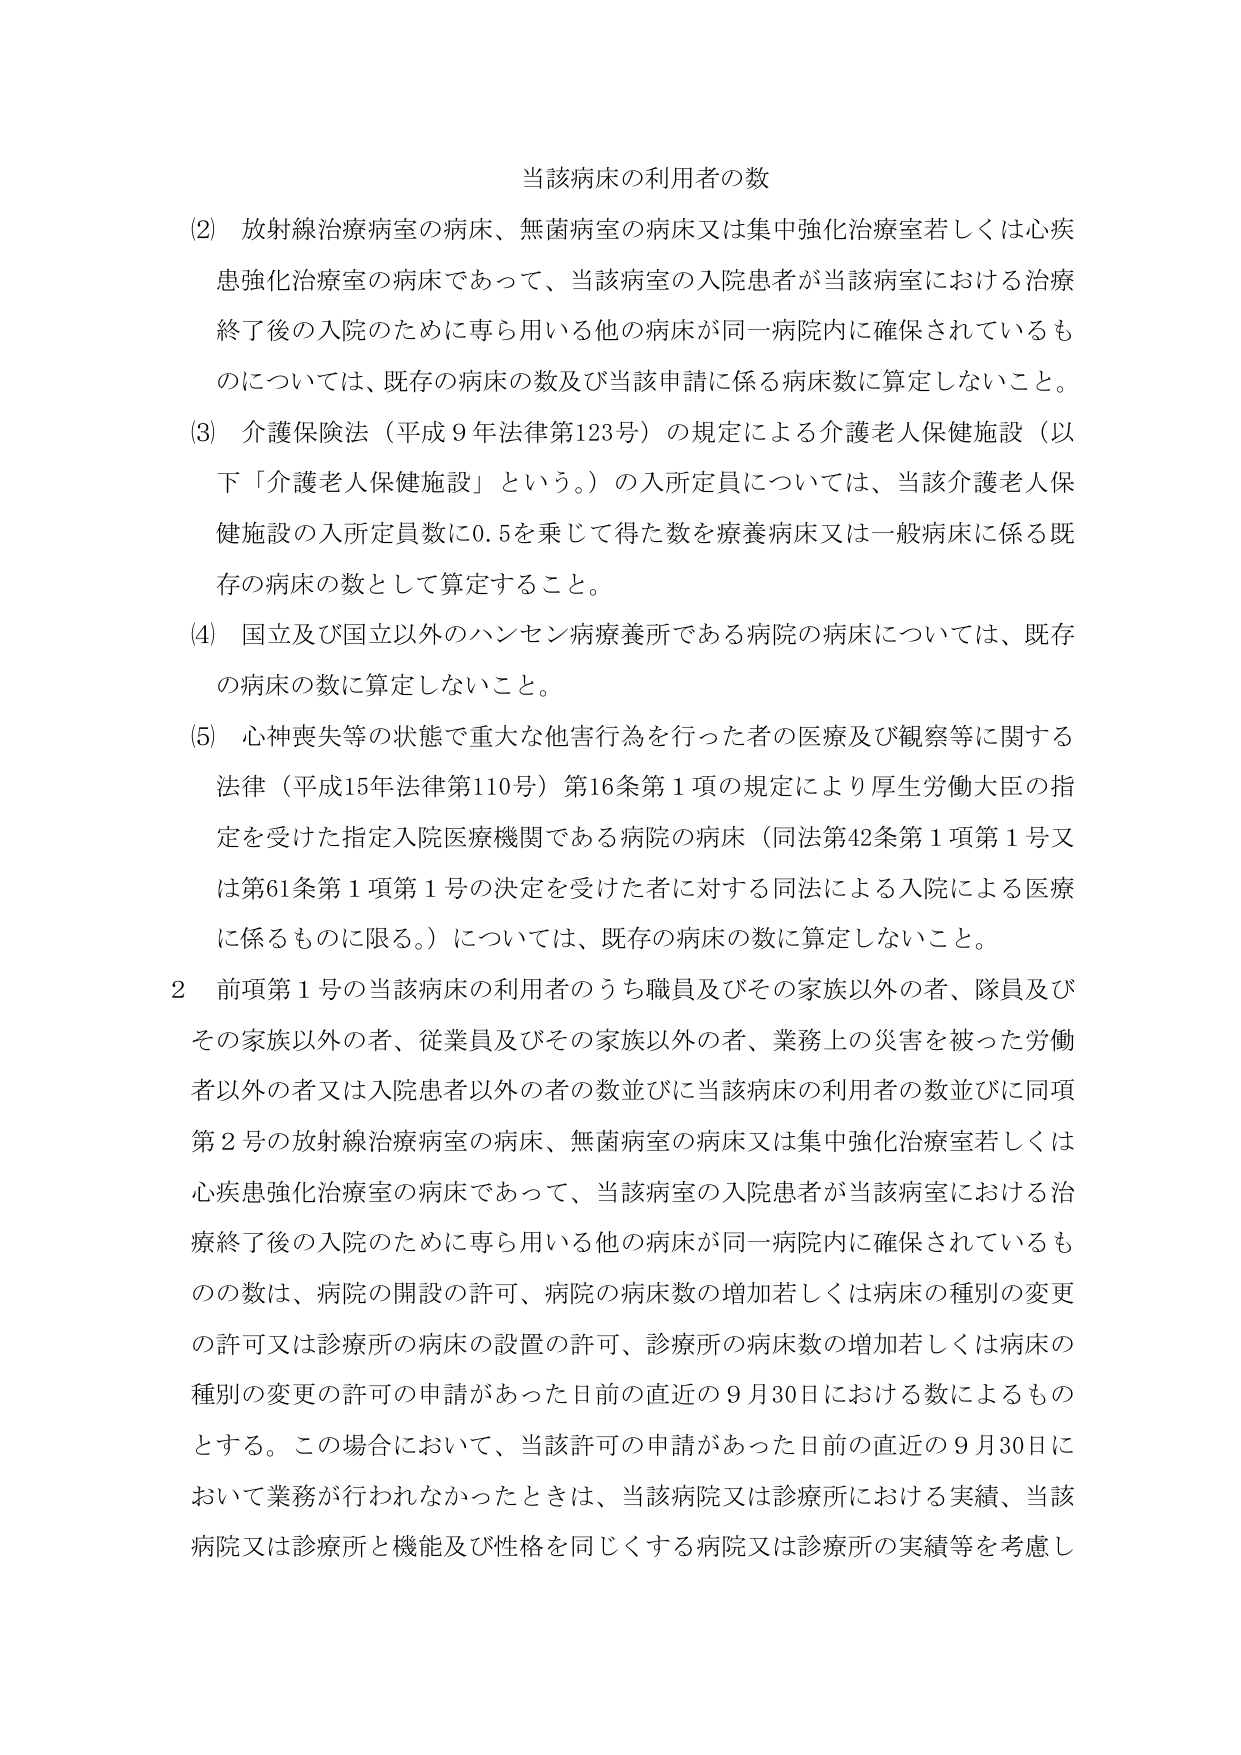
当該病床の利用者の数

(2) 放射線治療病室の病床、無菌病室の病床又は集中強化治療室若しくは心疾患強化治療室の病床であって、当該病室の入院患者が当該病室における治療終了後の入院のために専ら用いる他の病床が同一病院内に確保されているものについては、既存の病床の数及び当該申請に係る病床数に算定しないこと。

(3) 介護保険法（平成９年法律第123号）の規定による介護老人保健施設（以下「介護老人保健施設」という。）の入所定員については、当該介護老人保健施設の入所定員数に0.5を乗じて得た数を療養病床又は一般病床に係る既存の病床の数として算定すること。

(4) 国立及び国立以外のハンセン病療養所である病院の病床については、既存の病床の数に算定しないこと。

(5) 心神喪失等の状態で重大な他害行為を行った者の医療及び観察等に関する法律（平成15年法律第110号）第16条第１項の規定により厚生労働大臣の指定を受けた指定入院医療機関である病院の病床（同法第42条第１項第１号又は第61条第１項第１号の決定を受けた者に対する同法による入院による医療に係るものに限る。）については、既存の病床の数に算定しないこと。

2 前項第１号の当該病床の利用者のうち職員及びその家族以外の者、隊員及びその家族以外の者、従業員及びその家族以外の者、業務上の災害を被った労働者以外の者又は入院患者以外の者の数並びに当該病床の利用者の数並びに同項第２号の放射線治療病室の病床、無菌病室の病床又は集中強化治療室若しくは心疾患強化治療室の病床であって、当該病室の入院患者が当該病室における治療終了後の入院のために専ら用いる他の病床が同一病院内に確保されているものの数は、病院の開設の許可、病院の病床数の増加若しくは病床の種別の変更の許可又は診療所の病床の設置の許可、診療所の病床数の増加若しくは病床の種別の変更の許可の申請があった日前の直近の９月30日における数によるものとする。この場合において、当該許可の申請があった日前の直近の９月30日において業務が行われなかったときは、当該病院又は診療所における実績、当該病院又は診療所と機能及び性格を同じくする病院又は診療所の実績等を考慮し